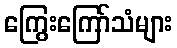
ကြွေးကြော်သံများ